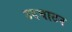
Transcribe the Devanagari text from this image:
उदघाटन